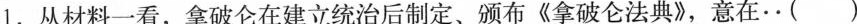
1.从材料一看，拿破仑在建立统治后制定、颁布《拿破仑法典》，意在··()